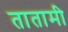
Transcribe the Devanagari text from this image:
तातामी